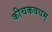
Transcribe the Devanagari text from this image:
कीचकवधम्